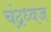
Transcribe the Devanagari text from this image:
चंद्रध्वज